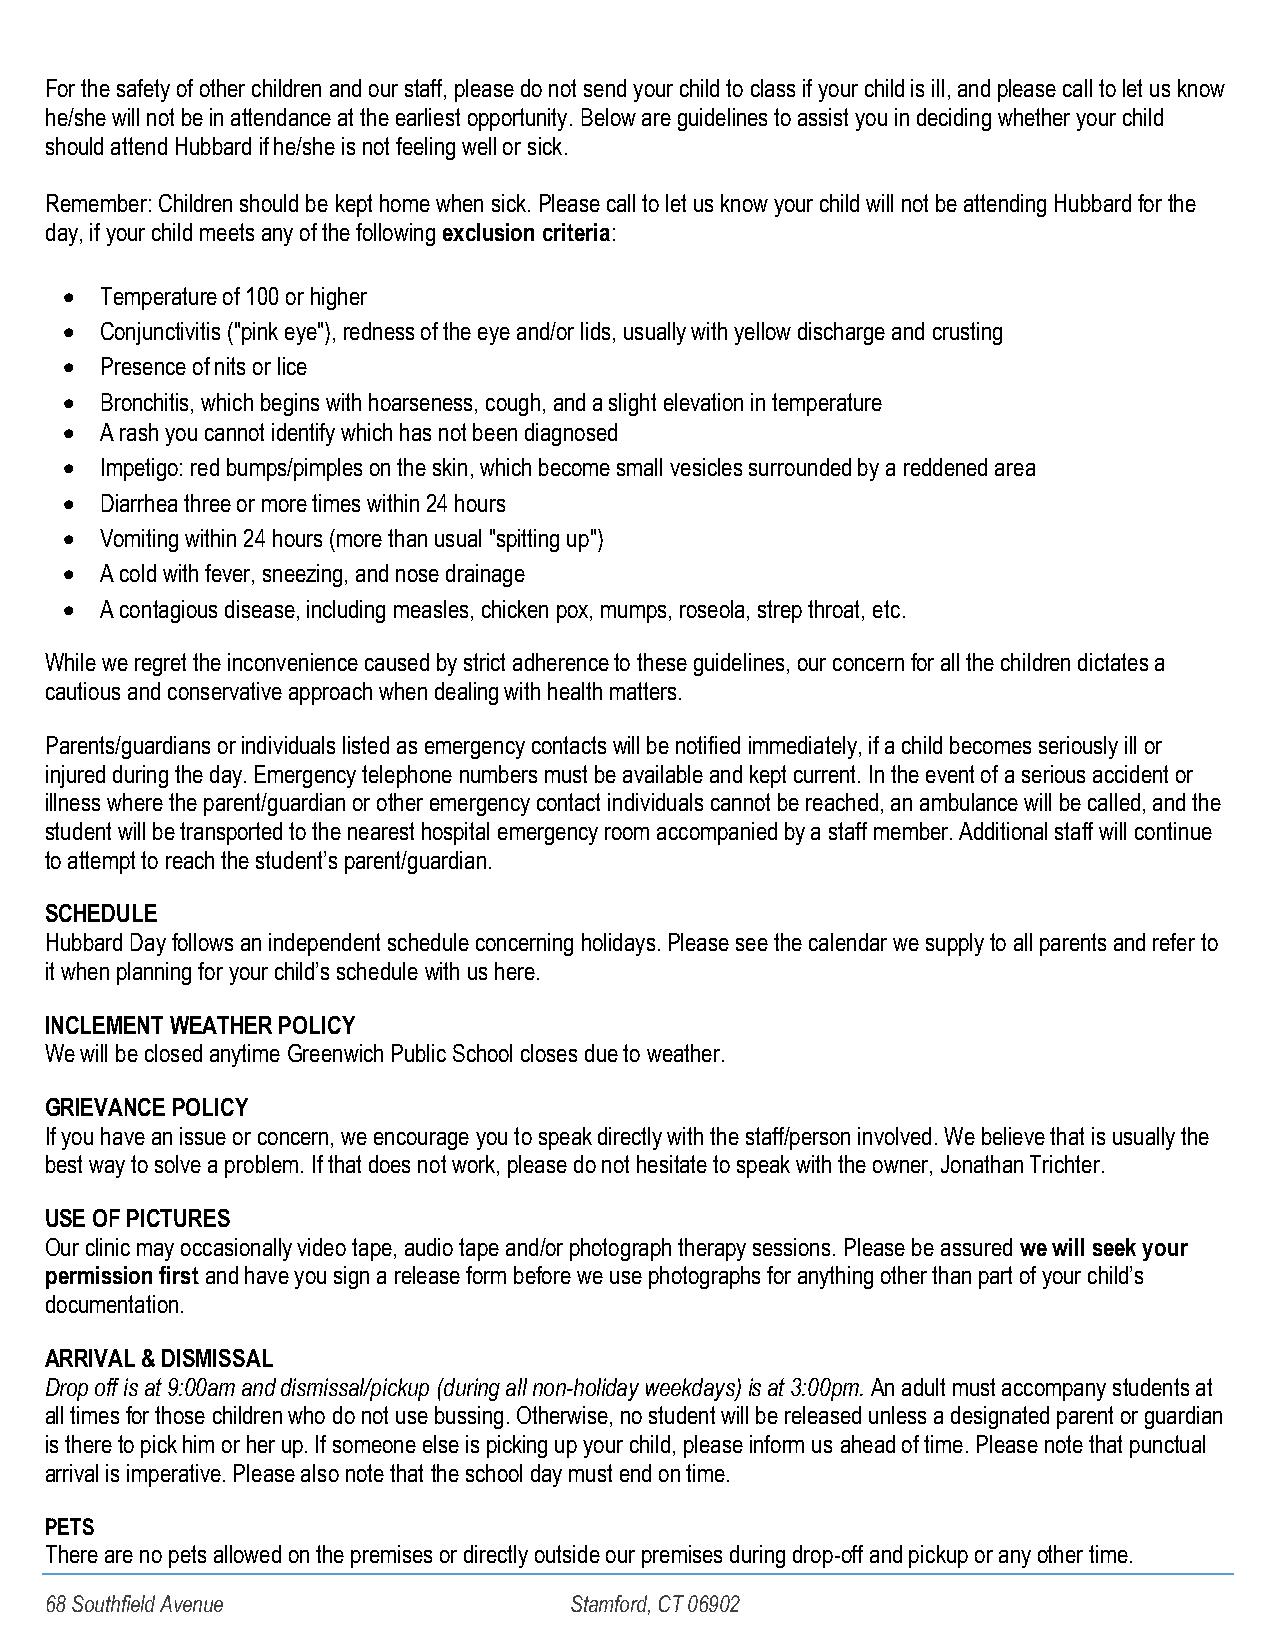
For the safety of other children and our staff, please do not send your child to class if your child is ill, and please call to let us know
 he/she will not be in attendance at the earliest opportunity. Below are guidelines to assist you in deciding whether your child
 should attend Hubbard if he/she is not feeling well or sick.
 Remember: Children should be kept home when sick. Please call to let us know your child will not be attending Hubbard for the
 day, if your child meets any of the following exclusion criteria:
 •  Temperature of 100 or higher
 •  Conjunctivitis ("pink eye"), redness of the eye and/or lids, usually with yellow discharge and crusting
 •  Presence of nits or lice
 •  Bronchitis, which begins with hoarseness, cough, and a slight elevation in temperature
 •  A rash you cannot identify which has not been diagnosed
 •  Impetigo: red bumps/pimples on the skin, which become small vesicles surrounded by a reddened area
 •  Diarrhea three or more times within 24 hours
 •  Vomiting within 24 hours (more than usual "spitting up")
 •  A cold with fever, sneezing, and nose drainage
 •  A contagious disease, including measles, chicken pox, mumps, roseola, strep throat, etc.
 While we regret the inconvenience caused by strict adherence to these guidelines, our concern for all the children dictates a
 cautious and conservative approach when dealing with health matters.
 Parents/guardians or individuals listed as emergency contacts will be notified immediately, if a child becomes seriously ill or
 injured during the day. Emergency telephone numbers must be available and kept current. In the event of a serious accident or
 illness where the parent/guardian or other emergency contact individuals cannot be reached, an ambulance will be called, and the
 student will be transported to the nearest hospital emergency room accompanied by a staff member. Additional staff will continue
 to attempt to reach the student’s parent/guardian.
 SCHEDULE
 Hubbard Day follows an independent schedule concerning holidays. Please see the calendar we supply to all parents and refer to
 it when planning for your child’s schedule with us here.
 INCLEMENT WEATHER POLICY
 We will be closed anytime Greenwich Public School closes due to weather.
 GRIEVANCE POLICY
 If you have an issue or concern, we encourage you to speak directly with the staff/person involved. We believe that is usually the
 best way to solve a problem. If that does not work, please do not hesitate to speak with the owner, Jonathan Trichter.
 USE OF PICTURES
 Our clinic may occasionally video tape, audio tape and/or photograph therapy sessions. Please be assured we will seek your
 permission first and have you sign a release form before we use photographs for anything other than part of your child’s
 documentation.
 ARRIVAL & DISMISSAL
 Drop off is at 9:00am and dismissal/pickup (during all non-holiday weekdays) is at 3:00pm. An adult must accompany students at
 all times for those children who do not use bussing. Otherwise, no student will be released unless a designated parent or guardian
 is there to pick him or her up. If someone else is picking up your child, please inform us ahead of time. Please note that punctual
 arrival is imperative. Please also note that the school day must end on time.
 PETS
 There are no pets allowed on the premises or directly outside our premises during drop-off and pickup or any other time.
 68 Southfield Avenue               Stamford, CT 06902